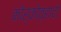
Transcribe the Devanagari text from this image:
कोर्कोव्हादो